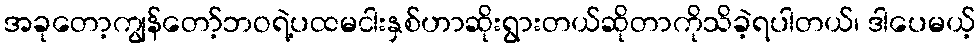
အခုတော့ကျွန်တော့်ဘဝရဲ့ပထမငါးနှစ်ဟာဆိုးရွားတယ်ဆိုတာကိုသိခဲ့ရပါတယ်၊ ဒါပေမယ့်